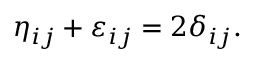
\eta _ { i j } + \varepsilon _ { i j } = 2 \delta _ { i j } .